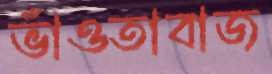
ভাঁওতাবাজ